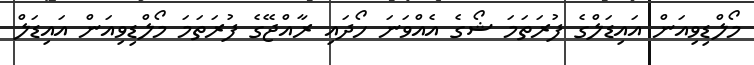
މޯލްޑިވިއަން އައިޑަލްގެ ފުރަތަމަ ޝޯގެ އެއްވަނަ ހޯދައި ރާއްޖޭގެ ފުރަތަމަ މޯލްޑިވިއަން އައިޑަލް